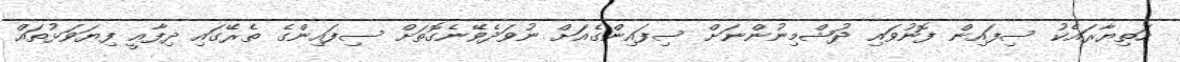
ހަތިޔާރައެކު ސިފައިން ފޮނުވައި ދުޝްމިނުންނަށް ސިފައިންގެއަށް ނުވަދެވޭނެގޮތަށް ސިފައިންގެ ތެރޭގައި ދިފާޢީ ފިޔަވަޅުތައް